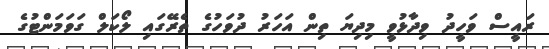
ރައީސް ވަހީދު ވިދާޅުވީ މިދިޔަ ތިން އަހަރު ދުވަހުގެ ތެރޭގައި ލޯކަލް ގަވަމަންޓުގެ